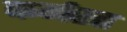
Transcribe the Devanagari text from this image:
कर्मरत